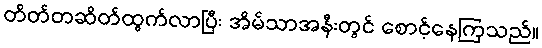
တိတ်တဆိတ်ထွက်လာပြီး အိမ်သာအနီးတွင် စောင့်နေကြသည်။